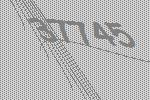
37745